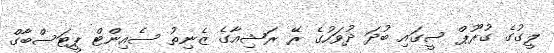
ލީގުގެ ގުރޫޕް ސީގައި ބުދަ ދުވަހުގެ ރޭ ރަޝިއާގެ ޒެނިތު ސެއިންޓް ޕީޓަސްބާގް